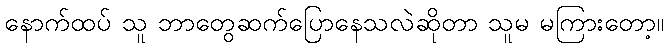
နောက်ထပ် သူ ဘာတွေဆက်ပြောနေသလဲဆိုတာ သူမ မကြားတော့။